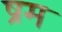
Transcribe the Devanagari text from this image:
ष्रम